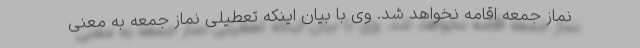
نماز جمعه اقامه نخواهد شد. وی با بیان اینکه تعطیلی نماز جمعه به معنی